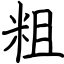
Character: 粗